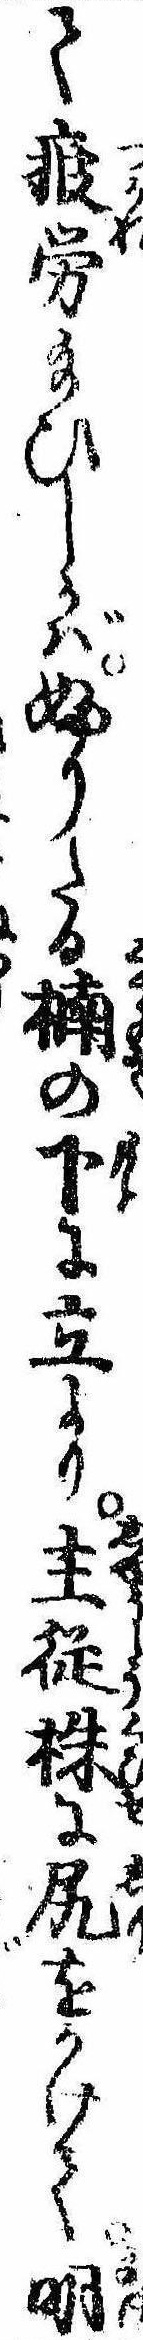
て疲労給ひしかばふりたる楠の下に立より主従株に尻をかけて明